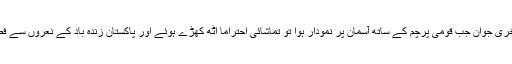
پاک فوج کا آخری جوان جب قومی پرچم کے ساتھ آسمان پر نمودار ہوا تو تماشائی احتراماً اٹھ کھڑے ہوئے اور پاکستان زندہ باد کے نعروں سے فضا گونج اٹھی۔